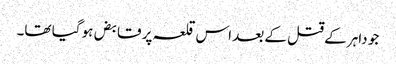
جو داہر کے قتل کے بعد اس قلعہ پر قابض ہو گیا تھا۔